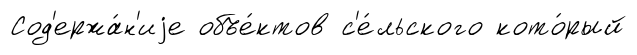
Сод'ержа́н'иjе объе́ктов с'е́льского кото́рый